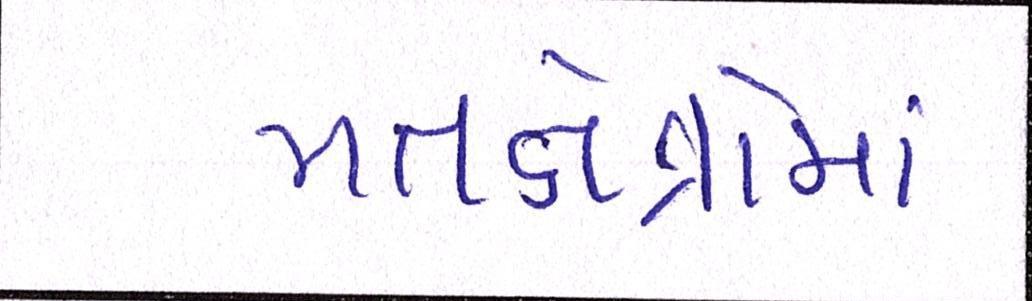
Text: મતક્ષેત્રોમાં